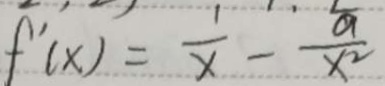
f ^ { \prime } ( x ) = \frac { 1 } { x } - \frac { a } { x ^ { 2 } }